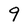
Character: 9